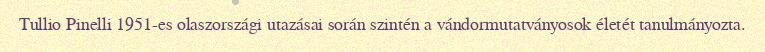
Tullio Pinelli 1951-es olaszországi utazásai során szintén a vándormutatványosok életét tanulmányozta.